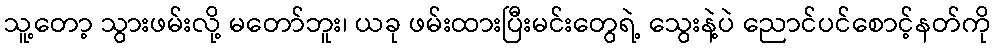
သူ့တော့ သွားဖမ်းလို့ မတော်ဘူး၊ ယခု ဖမ်းထားပြီးမင်းတွေရဲ့ သွေးနဲ့ပဲ ညောင်ပင်စောင့်နတ်ကို